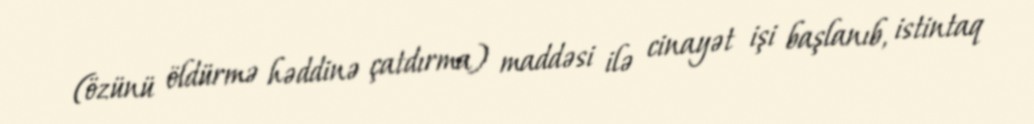
(özünü öldürmə həddinə çatdırma) maddəsi ilə cinayət işi başlanıb, istintaq